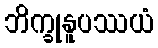
ဘိက္ခုနူပဿယံ